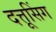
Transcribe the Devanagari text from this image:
दत्तूसिंग